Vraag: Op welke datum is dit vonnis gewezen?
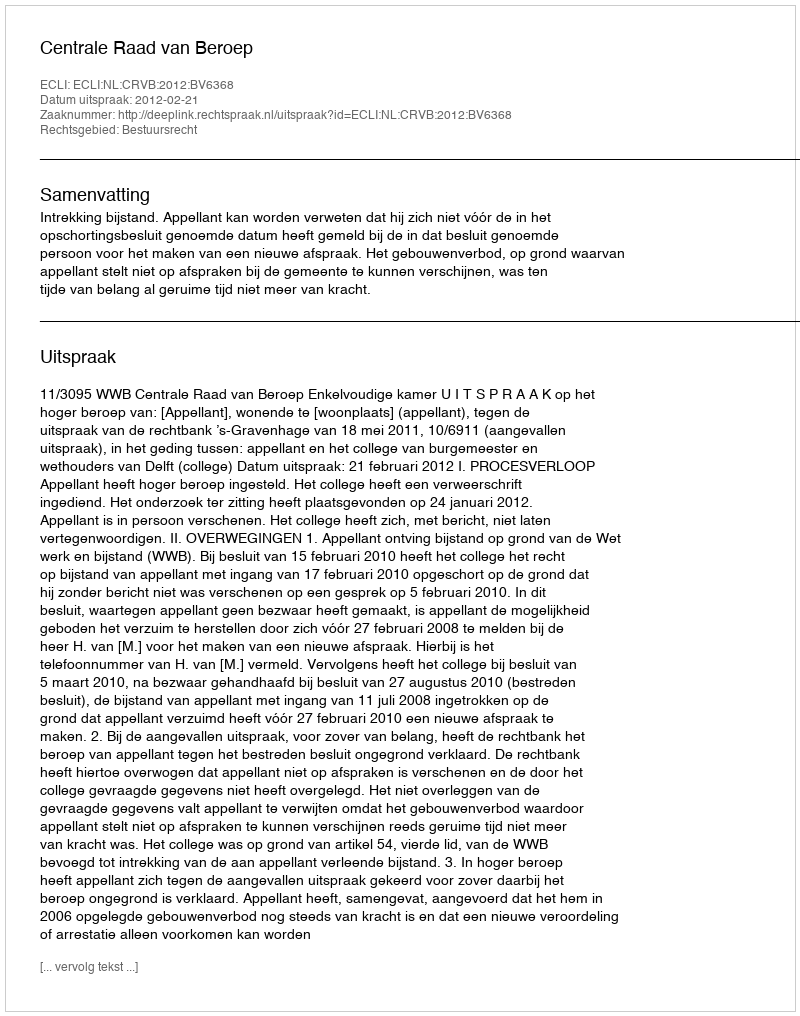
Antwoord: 2012-02-21